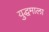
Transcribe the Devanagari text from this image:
युद्धमाला